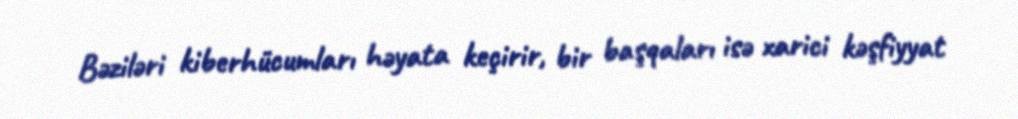
Bəziləri kiberhücumları həyata keçirir, bir başqaları isə xarici kəşfiyyat